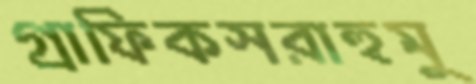
গ্রাফিকসরাহুমু